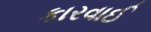
કારવાઈ